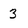
Character: 3